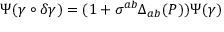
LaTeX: \Psi ( \gamma \circ \delta \gamma ) = ( 1 + \sigma ^ { a b } \Delta _ { a b } ( P ) ) \Psi ( \gamma )